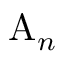
\mathrm { A } _ { n }